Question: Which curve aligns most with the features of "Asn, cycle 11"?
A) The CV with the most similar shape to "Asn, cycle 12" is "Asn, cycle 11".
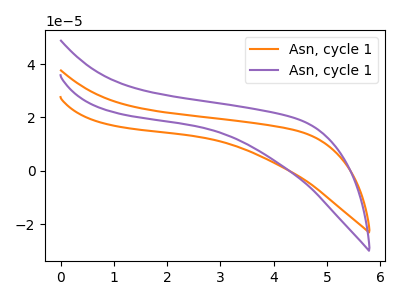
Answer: <think>The orange curve "Asn, cycle 11" has no peaks. The purple curve "Asn, cycle 12" has no peaks.
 Neither "Asn, cycle 11" or "Asn, cycle 12" have any peaks.</think>
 <answer>A) The CV with the most similar shape to "Asn, cycle 12" is "Asn, cycle 11".</answer>
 <eval>A</eval>